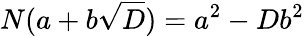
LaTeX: N(a+b{\sqrt{D}})=a^{2}-Db^{2}